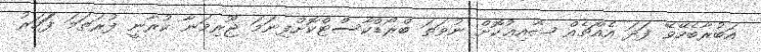
އަބުރާބެހޭވޭ ފަދަ އެއްޗެއް ޝާއިޢުކޮށް ނުވަތަ ބްރޯޑްކާސްޓްކޮށްފިނަމަ ޖޫރިމަނާ ކުރާނީ ފުރަތަމަ ފަަހަރު